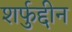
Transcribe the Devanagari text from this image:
शर्फुद्दीन